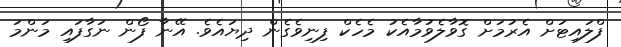
ފްލައިޓަށް އެރުމަށް ގޮވާލެވުމާއެކު މެހެކް ފިނިވެގެން ދިޔައެވެ. އޭނާ ފޯން ނަގާފައި މަންމަ